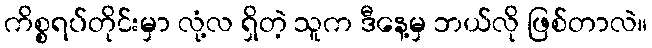
ကိစ္စရပ်တိုင်းမှာ လုံ့လ ရှိတဲ့ သူက ဒီနေ့မှ ဘယ်လို ဖြစ်တာလဲ။